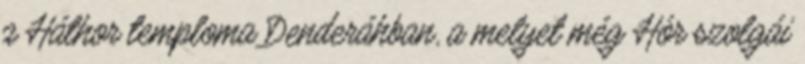
a Háthor temploma Denderáhban, a melyet még Hór szolgái